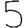
Digit: 5